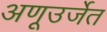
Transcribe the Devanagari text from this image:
अणूउर्जेत